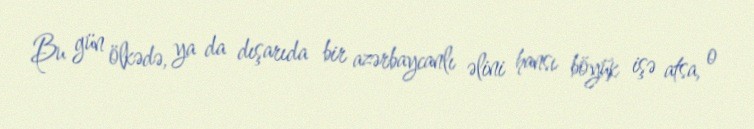
Bu gün ölkədə, ya da dışarıda bir azərbaycanlı əlini hansı böyük işə atsa, o